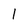
Character: I